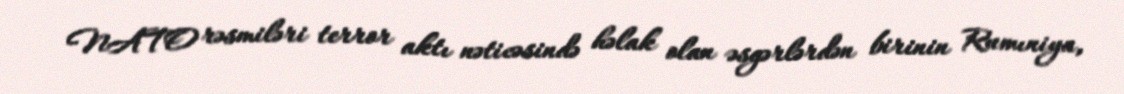
NATO rəsmiləri terror aktı nəticəsində həlak olan əsgərlərdən birinin Rumıniya,